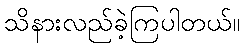
သိနားလည်ခဲ့ကြပါတယ်။